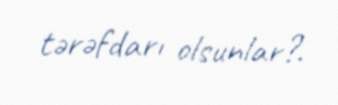
tərəfdarı olsunlar?.